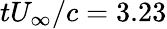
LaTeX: tU_{\infty}/c=3.23